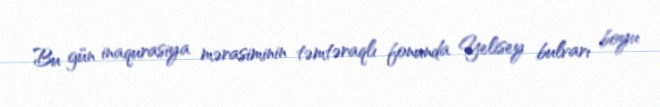
Bu gün inaqurasiya mərasiminin təmtəraqlı fonunda Yelisey bulvarı boyu